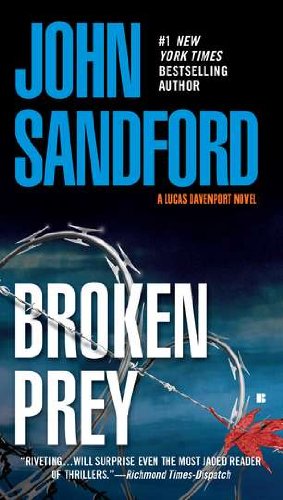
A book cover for Broken Prey; John Sandford; Mystery, Thriller & Suspense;